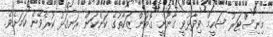
މިނިސްޓަރު ޝަހީމް ވިދާޅުވީ ގާނޫނީ ގޮތުން ޒަކާތުގެ ކަންކަން ރަނގަޅު ކުރެވޭނެ ކަމަށެވެ.